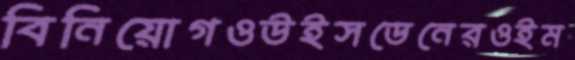
বিনিয়োগওউইসডেনেরওইম